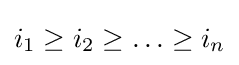
i_{1}\geq i_{2}\geq \ldots \geq i_{n}